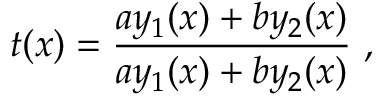
t ( x ) = \frac { a y _ { 1 } ( x ) + b y _ { 2 } ( x ) } { a y _ { 1 } ( x ) + b y _ { 2 } ( x ) } \ ,